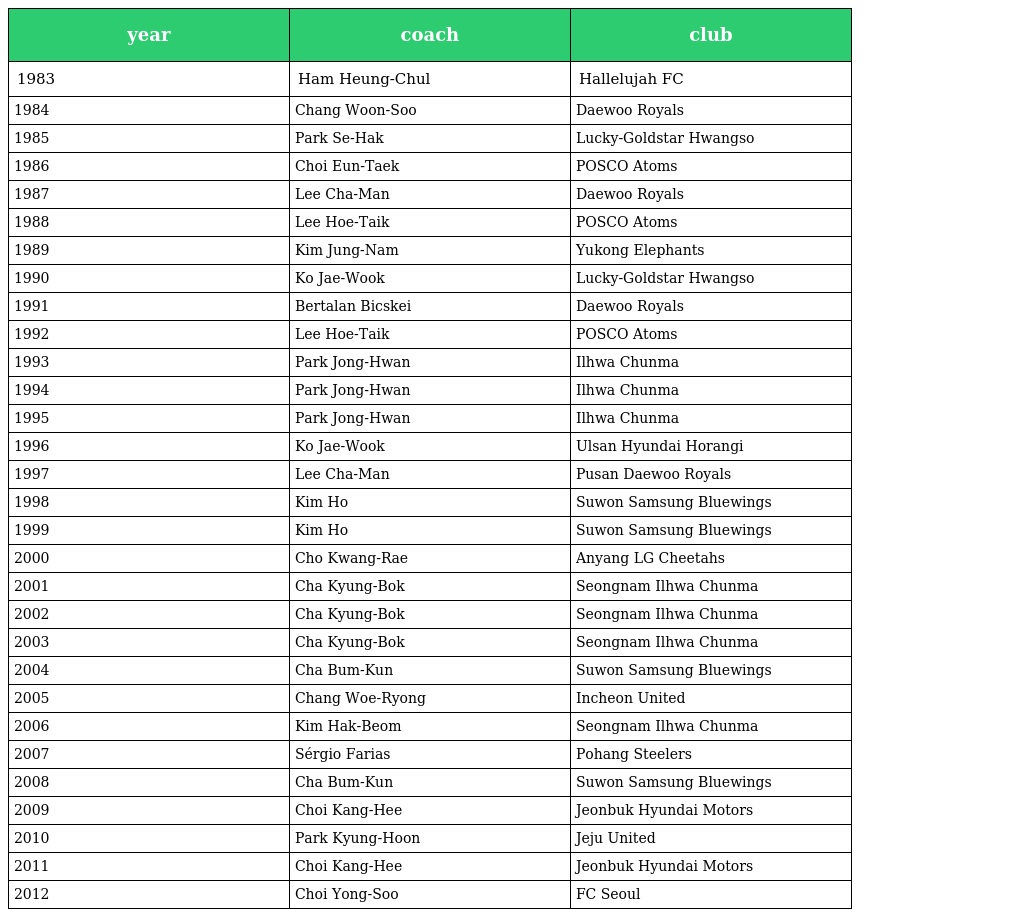
| year | coach | club |
 | --- | --- | --- |
 | 1983 | Ham Heung-Chul | Hallelujah FC |
 | 1984 | Chang Woon-Soo | Daewoo Royals |
 | 1985 | Park Se-Hak | Lucky-Goldstar Hwangso |
 | 1986 | Choi Eun-Taek | POSCO Atoms |
 | 1987 | Lee Cha-Man | Daewoo Royals |
 | 1988 | Lee Hoe-Taik | POSCO Atoms |
 | 1989 | Kim Jung-Nam | Yukong Elephants |
 | 1990 | Ko Jae-Wook | Lucky-Goldstar Hwangso |
 | 1991 | Bertalan Bicskei | Daewoo Royals |
 | 1992 | Lee Hoe-Taik | POSCO Atoms |
 | 1993 | Park Jong-Hwan | Ilhwa Chunma |
 | 1994 | Park Jong-Hwan | Ilhwa Chunma |
 | 1995 | Park Jong-Hwan | Ilhwa Chunma |
 | 1996 | Ko Jae-Wook | Ulsan Hyundai Horangi |
 | 1997 | Lee Cha-Man | Pusan Daewoo Royals |
 | 1998 | Kim Ho | Suwon Samsung Bluewings |
 | 1999 | Kim Ho | Suwon Samsung Bluewings |
 | 2000 | Cho Kwang-Rae | Anyang LG Cheetahs |
 | 2001 | Cha Kyung-Bok | Seongnam Ilhwa Chunma |
 | 2002 | Cha Kyung-Bok | Seongnam Ilhwa Chunma |
 | 2003 | Cha Kyung-Bok | Seongnam Ilhwa Chunma |
 | 2004 | Cha Bum-Kun | Suwon Samsung Bluewings |
 | 2005 | Chang Woe-Ryong | Incheon United |
 | 2006 | Kim Hak-Beom | Seongnam Ilhwa Chunma |
 | 2007 | Sérgio Farias | Pohang Steelers |
 | 2008 | Cha Bum-Kun | Suwon Samsung Bluewings |
 | 2009 | Choi Kang-Hee | Jeonbuk Hyundai Motors |
 | 2010 | Park Kyung-Hoon | Jeju United |
 | 2011 | Choi Kang-Hee | Jeonbuk Hyundai Motors |
 | 2012 | Choi Yong-Soo | FC Seoul |